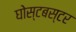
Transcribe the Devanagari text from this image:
घोस्टबस्टर